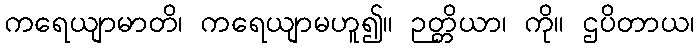
ကရေယျာမာတိ၊ ကရေယျာမဟူ၍။ ဉတ္တိယာ၊ ကို။ ဌပိတာယ၊